Civil Veterinary Department Bihar & Orissa reports 1929-36 - 1929-1936
Year: 1929
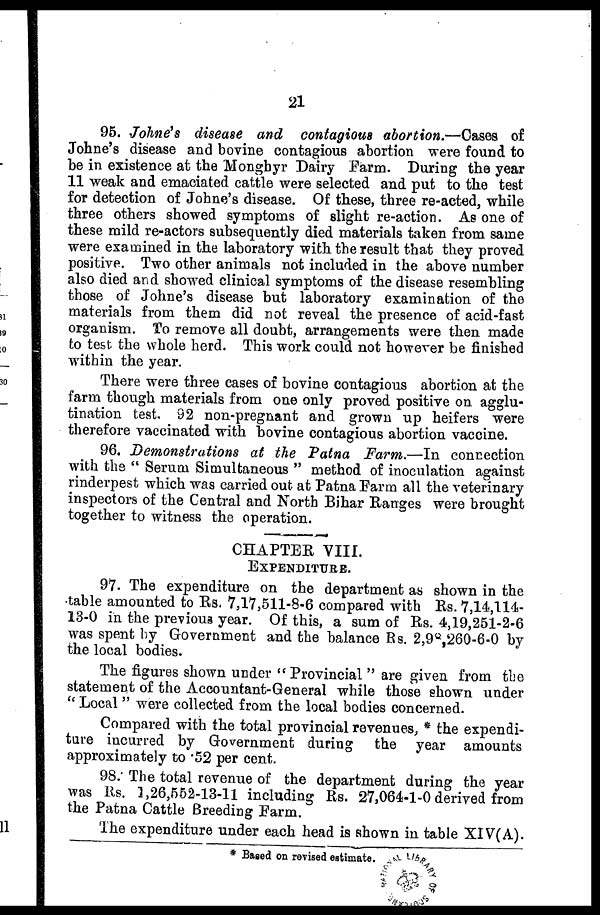
21
95. Johne's disease and contagious abortion.—Cases of
Johne's disease and bovine contagious abortion were found to
be in existence at the Mongbyr Dairy Farm. During the year
11 weak and emaciated cattle were selected and put to the test
for detection of Johne's disease. Of these, three re-acted, while
three others showed symptoms of slight re-action. As one of
these mild re-actors subsequently died materials taken from same
were examined in the laboratory with the result that they proved
positive. Two other animals not included in the above number
also died and showed clinical symptoms of the disease resembling
those of Johne's disease but laboratory examination of the
materials from them did not reveal the presence of acid-fast
organism. To remove all doubt, arrangements were then made
to test the whole herd. Thi9 work could not however be finished
within the year.
There were three cases of bovine contagious abortion at the
farm though materials from one only proved positive on agglu-
tination test. 92 non-pregnant and grown up heifers were
therefore vaccinated with bovine contagious abortion vaccine.
96. Demonstrations at the Patna Farm.—In connection
with the " Serum Simultaneous " method of inoculation against
rinderpest which was carried out at Patna Farm all the veterinary
inspectors of the Central and North Bihar Ranges were brought
together to witness the operation.
CHAPTER VIII.
EXPENDITURE.
97. The expenditure on the department as shown in the
table amounted to Rs. 7,17,511-8-6 compared with Rs. 7,14,114-
13-0 in the previous year. Of this, a sum of Rs. 4,19,251-2-6
was spent by Government and the balance Rs. 2,98,260-6-0 by
the local bodies.
The figures shown under "Provincial " are given from the
statement of the Accountant-General while those shown under
" Local " were collected from the local bodies concerned.
Compared with the total provincial revenues, * the expendi-
ture incurred by Government during the year amounts
approximately to . 52 per cent.
98. The total revenue of the department during the year
was Rs. 3,26,552-13-11 including Rs. 27,064-1-0 derived from
the Patna Cattle Breeding Farm.
The expenditure under each head is shown in table XIV(A).
* Based on revised estimate.